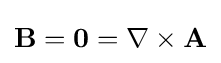
\mathbf {B} =\mathbf {0} =\nabla \times \mathbf {A}